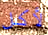
لأكل